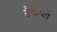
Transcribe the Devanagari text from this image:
वैष्‍णवों